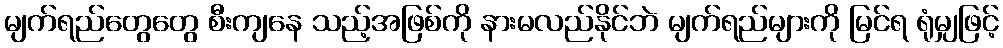
မျက်ရည်တွေတွေ စီးကျနေ သည့်အဖြစ်ကို နားမလည်နိုင်ဘဲ မျက်ရည်များကို မြင်ရ ရုံမျှဖြင့်